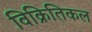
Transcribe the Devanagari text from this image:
विक्रितिकल